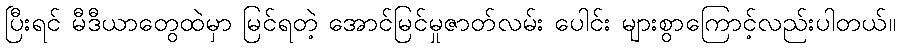
ပြီးရင် မီဒီယာတွေထဲမှာ မြင်ရတဲ့ အောင်မြင်မှုဇာတ်လမ်း ပေါင်း များစွာကြောင့်လည်းပါတယ်။